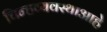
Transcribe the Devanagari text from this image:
चिन्हव्यवस्थाआहे